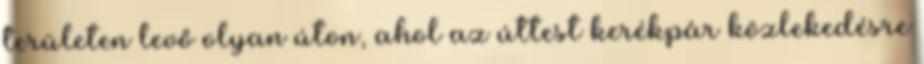
területen levő olyan úton, ahol az úttest kerékpár közlekedésre